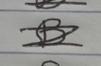
Signature authenticity: forged